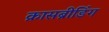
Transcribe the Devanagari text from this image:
क्रासब्रीडिंग